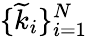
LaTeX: \{ \widetilde{k}_{i}\} _{i=1}^{N}